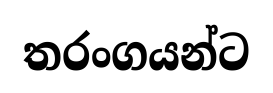
තරංගයන්ට